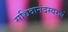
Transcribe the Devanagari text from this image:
सच्चिदानंदस्वरूपं